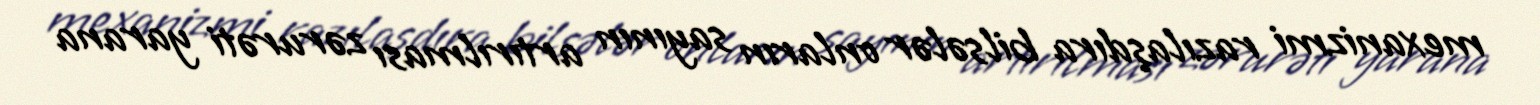
mexanizmi razılaşdıra bilsələr onların sayının artırılması zərurəti yarana